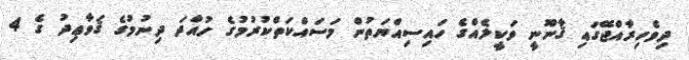
ދިވެހިރާއްޖޭގައި ޤާނޫނީ ވަކީލެއްގެ ހައިސިއްޔަތުން މަސައްކަތްކުރުމުގެ ހުއްދަ ދިނުމުގެ ޤަވާޢިދު ގެ 4